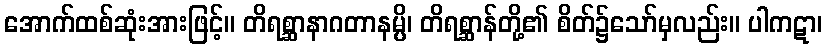
အောက်ထစ်ဆုံးအားဖြင့်။ တိရစ္ဆာနာဂတာနမ္ပိ၊ တိရစ္ဆာန်တို့၏ စိတ်၌သော်မှလည်း။ ပါကဋာ၊